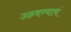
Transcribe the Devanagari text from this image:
उठवण्याचं